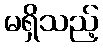
မရှိသည့်